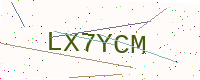
Text: LX7YCM